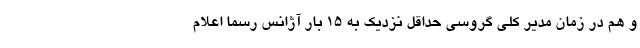
و هم در زمان مدیر کلی گروسی حداقل نزدیک به ۱۵ بار آژانس رسما اعلام